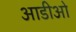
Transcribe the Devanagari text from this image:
आडीओ